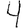
Digit: 4